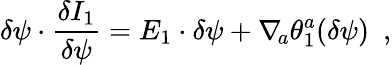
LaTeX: \delta\psi\cdot{\frac{\delta I_{1}}{\delta\psi}}=E_{1}\cdot\delta\psi+\nabla_{\! a}\theta_{1}^{a}(\delta\psi)\ \ ,